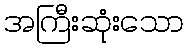
အကြီးဆုံးသော